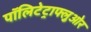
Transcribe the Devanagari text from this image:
पॉलिटेट्राफ्लुओर